Lunatic asylums United Provinces 1909-1921 - 1909-1921
Year: 1909
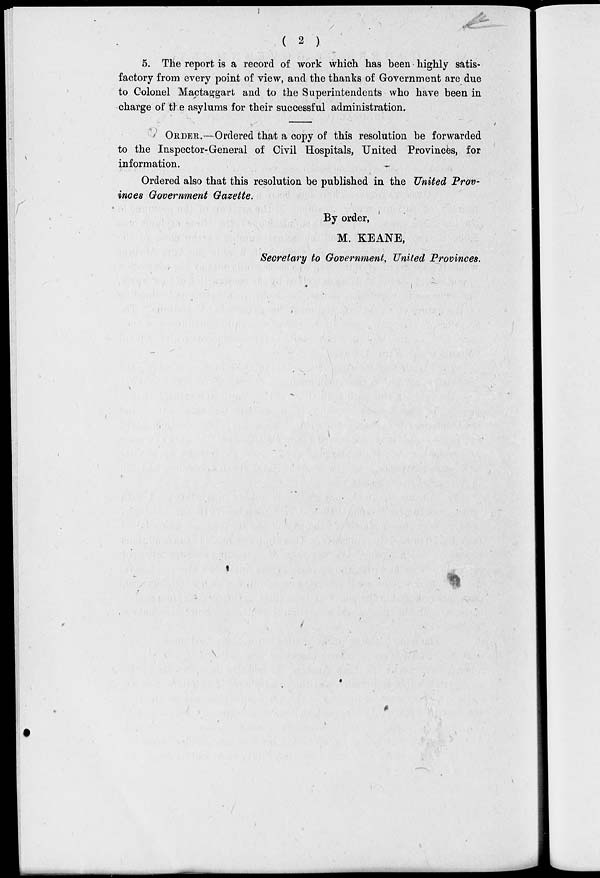
( 2 )
5. The report is a record of work which has been highly satis-
factory from every point of view, and the thanks of Government are due
to Colonel Mactaggart and to the Superintendents who have been in
charge of the asylums for their successful administration.
ORDER.—Ordered that a copy of this resolution be forwarded
to the Inspector-General of Civil Hospitals, United Provinces, for
information.
Ordered also that this resolution be published in the United Prov-
inces Government Gazette.
By order,
M. KEANE,
Secretary to Government, United Provinces.